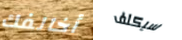
أخالفك سيكلف